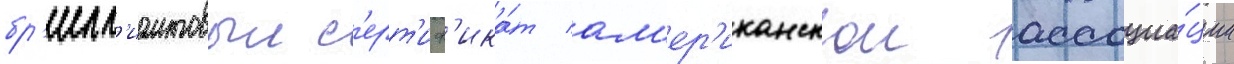
бр'илл'иантовыи с'ерт'иф'ика́т ам'ер'иканскои ассоциа́ции